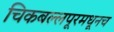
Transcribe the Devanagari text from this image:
चिकबल्लपूरमधूनच